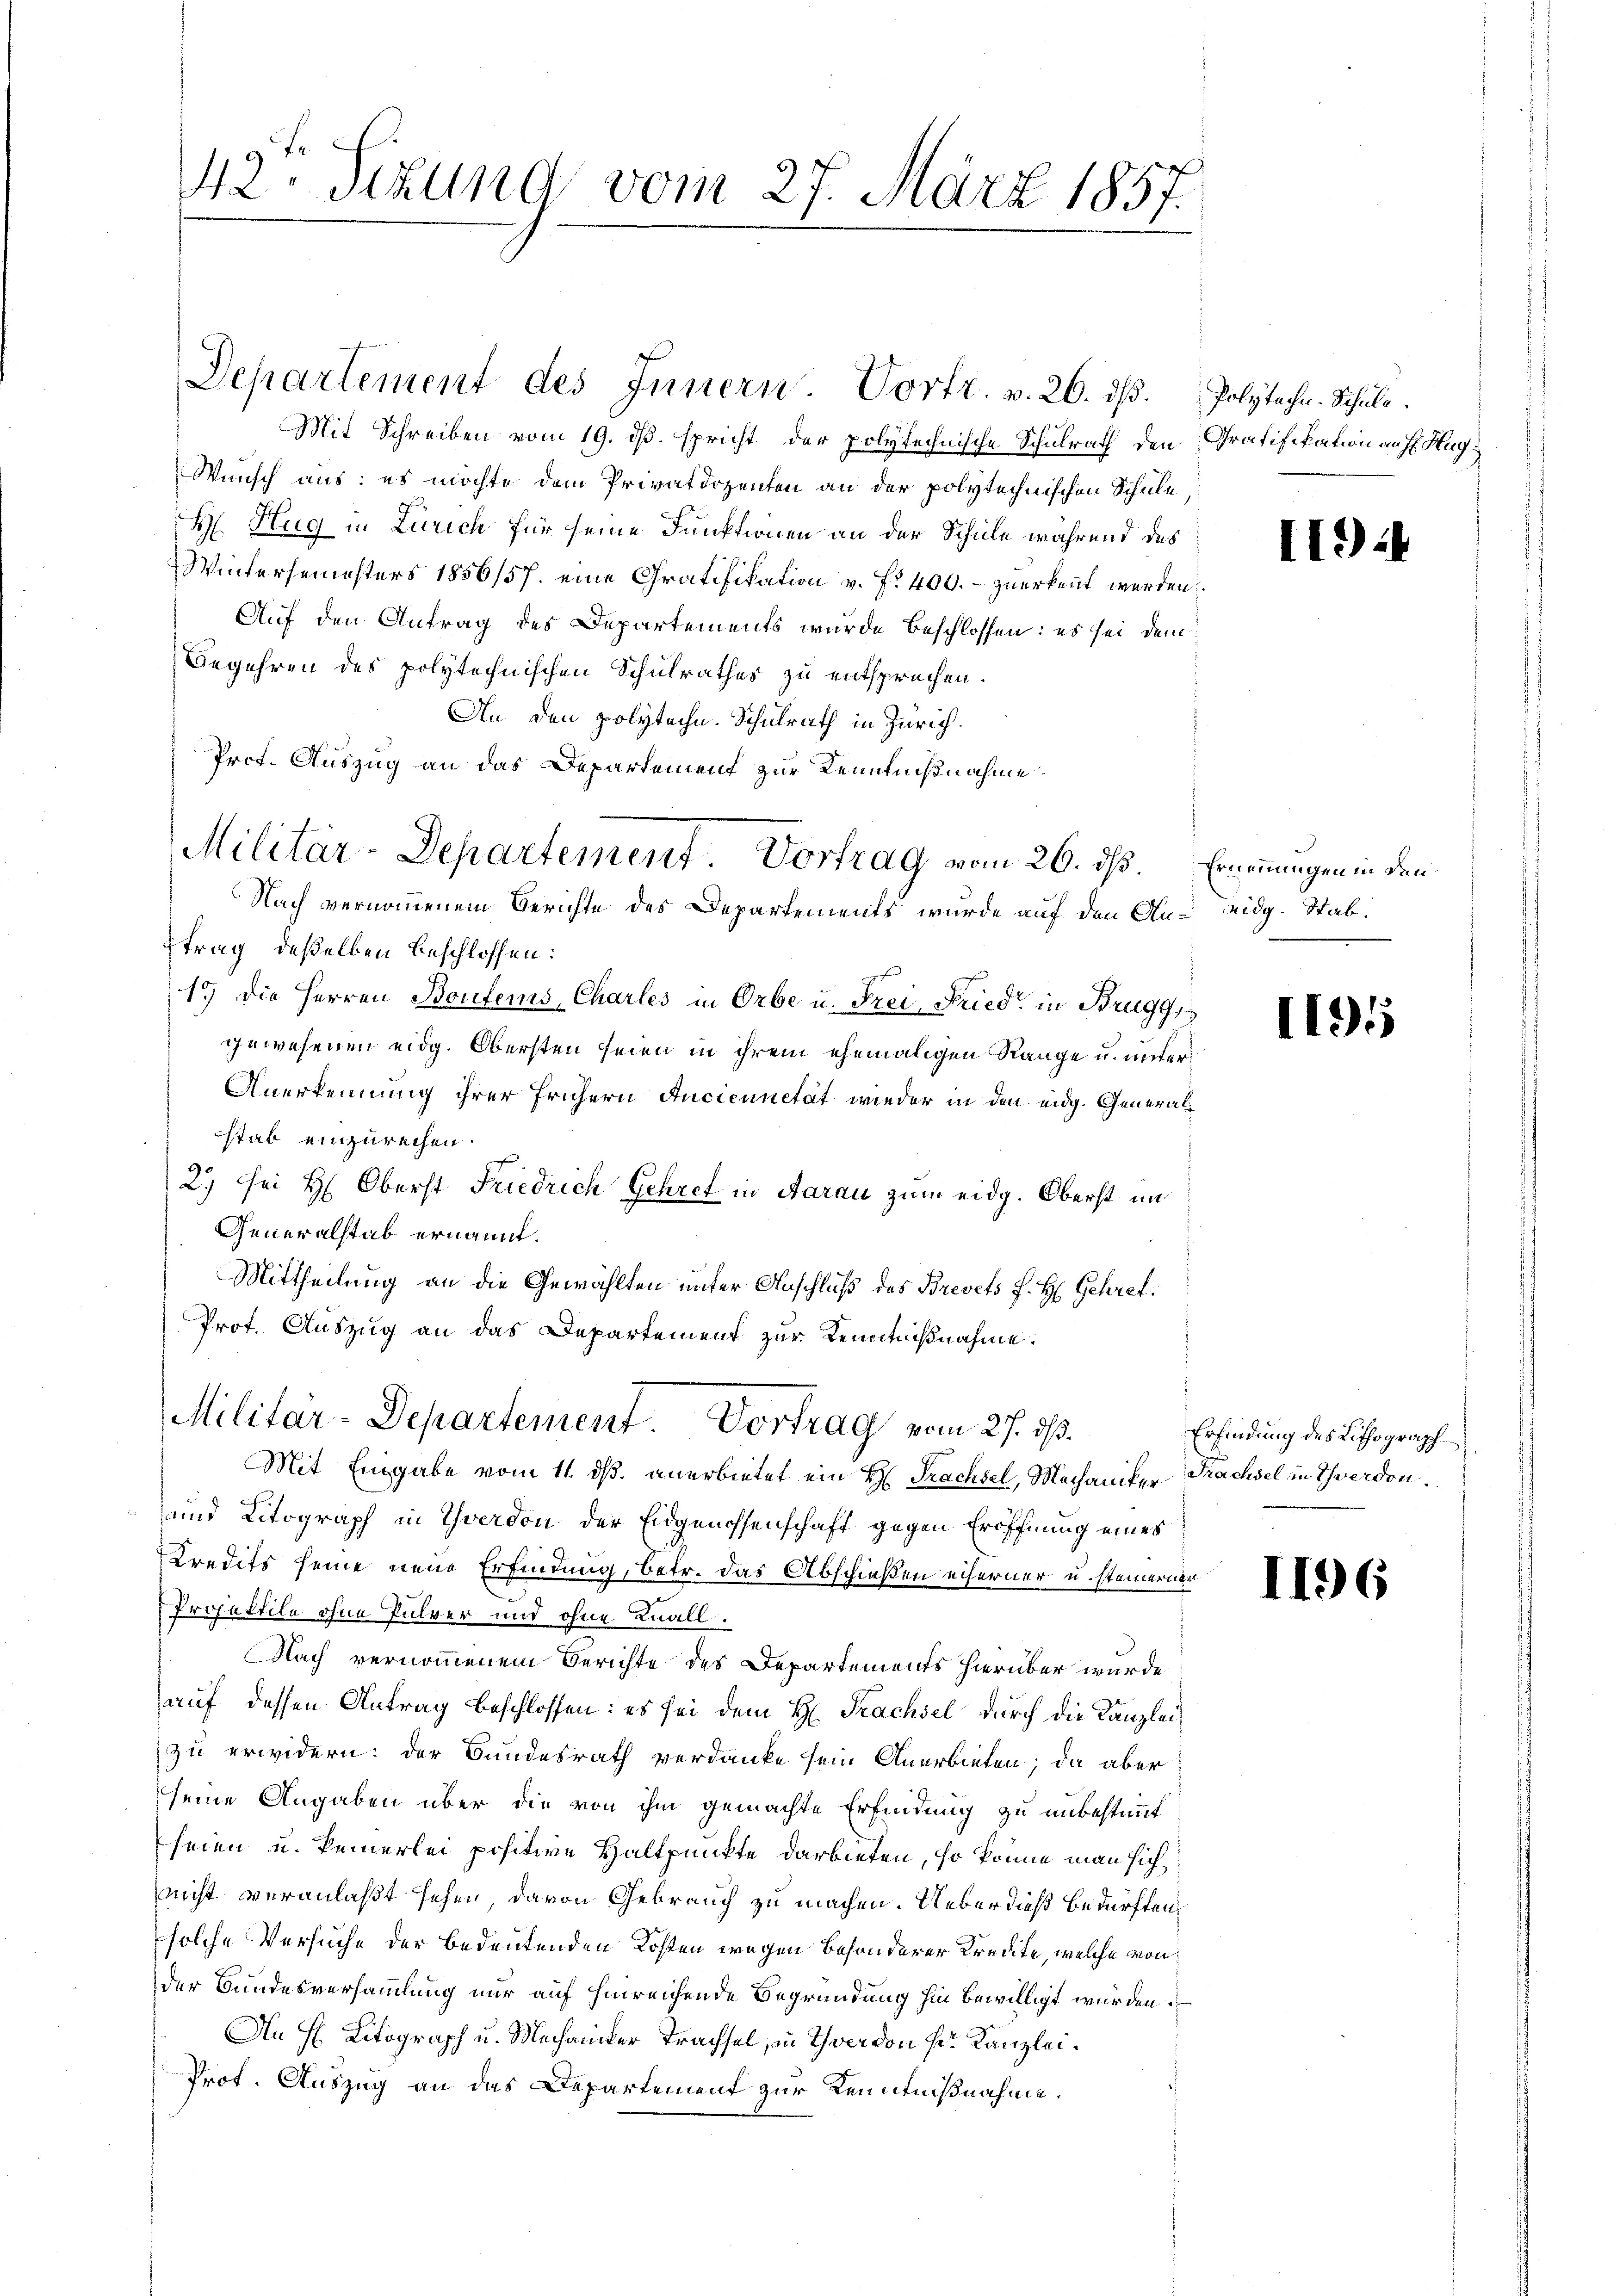
42. Sizund vom 27. März 1857.

Departement des Innern. Vortr. v. 26. dβ. Polytechen. Schuld.

Mit Schreiben vom 19. dß. spricht der polytechnische Schulrath den Gratifikation auf Hug¬
Wunsch aus: es möchte dem Privatdozenten an der polytechnischen Schule,
H Hug in Zürich für seine Funktionen an der Schule während des
Wintersemesters 1856/57. eine Gratifikation v. f. 400. - zuerkennt werden.
Auf den Antrag des Departements wurde beschlossen: es sei dem
Begehren des polytechnischen Schulrathes zu entsprechen.
An den polytechen. Schulrath in Zürich.
Prof. Auszug an das Departement zur Kenntnißnahme
Nach vernommenem Berichte des Departements wurde auf den Au-idg. Stabtrag deßelben beschlossen:
15) Die Herren Boufenis, Charles in Orbe u. Frei, Fried in Brugg,
gewesenen eidg. Obersten seien in ihrem ehemaligen Range u. unter
Anerkennung ihrer frühern Anciennität wieder in den eidg. Generalstab einzurechen.
2.) Sei H. Oberst Friedrich Gehret in Aarau zum eidg. Oberst im
Generalstab ernannt.
Mittheilung an die Gewählten unter Anschluß des Brevets J. H. Gehret
Prot. Auszug an das Departement zur Kenntnißnahme.

Militär-Departement. Vortrag vom 26. ds. Ernennungen in den

Militär-Departement Vortrag vom 27. ds.

Mit Eingabe vom 11. ds. anerbietet ein H. Trachsel, Mechaniker-Trachsel in Schwerden.
und Litograph in Yverdon der Eidgenossenschaft gegen Eröffnung eines
Kredits seine neue Erfindung, betr. das Abschießen eiferner u. steinerner
Projektile ohne Pulver und ohne Knall.
Nach vernommenem Berichte des Departements hierüber wurde
auf dessen Antrag beschlossen: es sei dem H. Trachsel durch die Kanzleizu erwidern: der Bundesrath verdanke sein Anerbieten; da aber
seine Angaben über die von ihm gemachte Erfindung zu unbestimmt
seien u. keinerlei positive Haltpunkte darbieten, so könne man sich
nicht veranlaßt sehen, davon Gebrauch zu machen. Ueber dieß Bedürftensolche Versuche der bedeutenden Kosten wegen besonderer Kredite, welche von
der Bundesversammlung nur auf hinreichende Begründung hin bewilligt wurden.
An H. Litograph u. Mechaniker Trachsel, in Thee von Hr. Kanzlei¬
Prot. Auszug an das Departement zur Kenntnißnahme.

I9

1195

Erfindung des Lithograph

1196